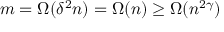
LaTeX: m = \Omega ( \delta ^ { 2 } n ) = \Omega ( n ) \geq \Omega ( n ^ { 2 \gamma } )